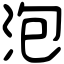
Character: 泡